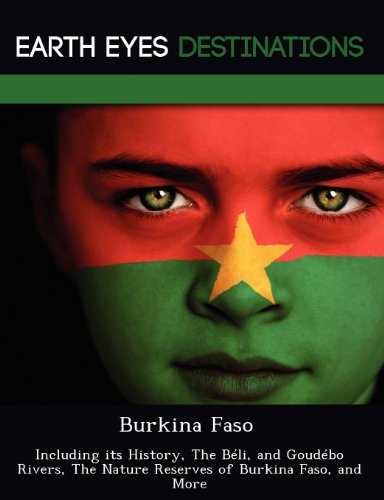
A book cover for Burkina Faso: Including its History, The BÃ©li, and GoudÃ©bo Rivers, The Nature Reserves of Burkina Faso, and More; Renee Browning; Travel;